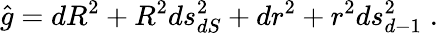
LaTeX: \hat{g}=dR^{2}+R^{2}ds_{dS}^{2}+dr^{2}+r^{2}ds_{d-1}^{2}\; .